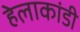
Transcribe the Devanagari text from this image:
हेलाकांडी